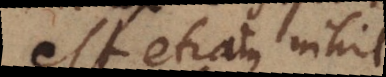
est etiam nihil